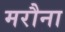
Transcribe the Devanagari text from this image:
मरौना